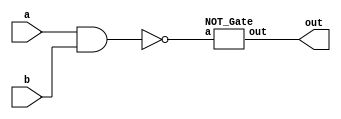
`timescale 1ns/1ps

module AND_Gate (out, a, b);
input a, b;
output out;
wire nout;
nand n1(nout, a, b);
NOT_Gate not1(out, nout);

endmodule

module OR_Gate (out, a, b);
input a, b;
output out;
wire na, nb;

NOT_Gate not1(na, a);
NOT_Gate not2(nb, b);
nand n1(out, na, nb);

endmodule

module NOR_Gate (out, a, b);
input a, b;
output out;
wire nout;

OR_Gate or1(nout, a, b);
NOT_Gate not1(out, nout);

endmodule

module XOR_Gate (out, a, b);
input a, b;
output out;
wire x1, x2, na, nb;

NOT_Gate not1(na, a);
NOT_Gate not2(nb, b);
AND_Gate and1(x1, a, nb);
AND_Gate and2(x2, na, b);
OR_Gate or1(out, x1, x2);

endmodule

module XNOR_Gate (out, a, b);
input a, b;
output out;
wire nout;

XOR_Gate xor1(nout, a, b);
NOT_Gate not1(out, nout);

endmodule

module NOT_Gate (out, a);
input a;
output out;
nand n1(out, a, a);

endmodule

module Majority(a, b, c, out);
input a, b, c;
output out;
wire w1, w2, w3, w4;

AND_Gate a1(w1, a, b);
AND_Gate a2(w2, a, c);
AND_Gate a3(w3, c, b);
OR_Gate o1(w4, w1, w2);
OR_Gate o2(out, w4, w3);

endmodule

module Full_Adder (a, b, cin, cout, sum);
input a, b, cin;
output cout, sum;
wire tmp;

Majority m1(a, b, cin, cout);
XOR_Gate x1(tmp, a, b);
XOR_Gate x2(sum, tmp, cin);

endmodule

module Ripple_Carry_Adder(a, b, cin, cout, sum);
input [8-1:0] a, b;
input cin;
output cout;
output [8-1:0] sum;
wire [6:0] c;

Full_Adder f1(a[0], b[0], cin, c[0], sum[0]);
Full_Adder f2(a[1], b[1], c[0], c[1], sum[1]);
Full_Adder f3(a[2], b[2], c[1], c[2], sum[2]);
Full_Adder f4(a[3], b[3], c[2], c[3], sum[3]);
Full_Adder f5(a[4], b[4], c[3], c[4], sum[4]);
Full_Adder f6(a[5], b[5], c[4], c[5], sum[5]);
Full_Adder f7(a[6], b[6], c[5], c[6], sum[6]);
Full_Adder f8(a[7], b[7], c[6], cout, sum[7]);
    
endmodule